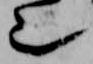
也